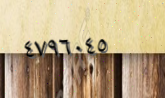
٤٧٩٦٠٤٥